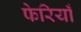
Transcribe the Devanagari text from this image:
फेरियाँ